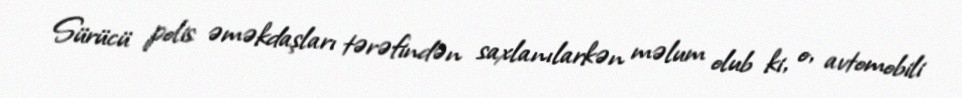
Sürücü polis əməkdaşları tərəfindən saxlanılarkən məlum olub ki, o, avtomobili